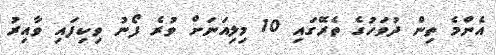
އެންމެ ތިން ދުވަހުގެ ތެރޭގައި 10 މިލިއަނަށް ވުރެ ފޯނު ވިކިފައި ވާއިރު